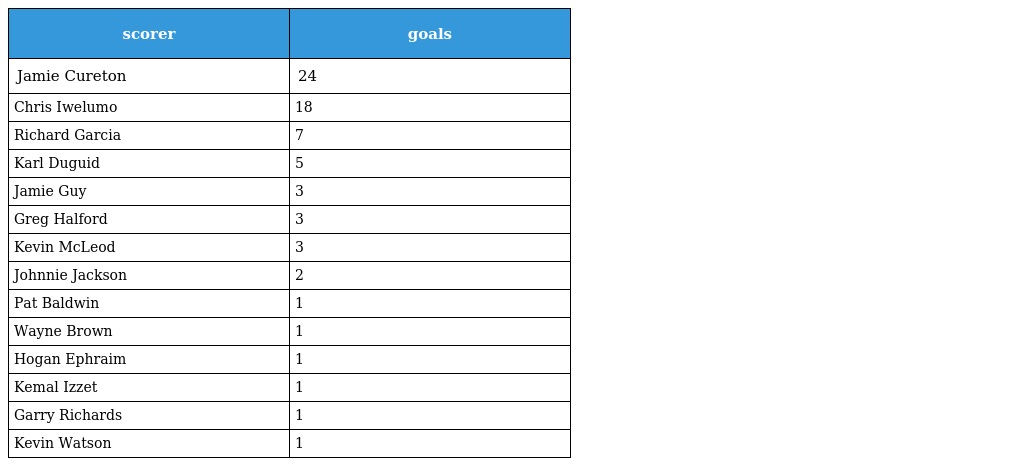
| scorer | goals |
 | --- | --- |
 | Jamie Cureton | 24 |
 | Chris Iwelumo | 18 |
 | Richard Garcia | 7 |
 | Karl Duguid | 5 |
 | Jamie Guy | 3 |
 | Greg Halford | 3 |
 | Kevin McLeod | 3 |
 | Johnnie Jackson | 2 |
 | Pat Baldwin | 1 |
 | Wayne Brown | 1 |
 | Hogan Ephraim | 1 |
 | Kemal Izzet | 1 |
 | Garry Richards | 1 |
 | Kevin Watson | 1 |